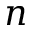
n